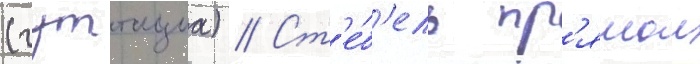
(гуттациа) // Ст'е́б'ель пр'ямои